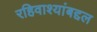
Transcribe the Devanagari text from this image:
रहिवाश्यांबद्दल